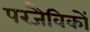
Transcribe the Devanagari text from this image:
परजैविकों